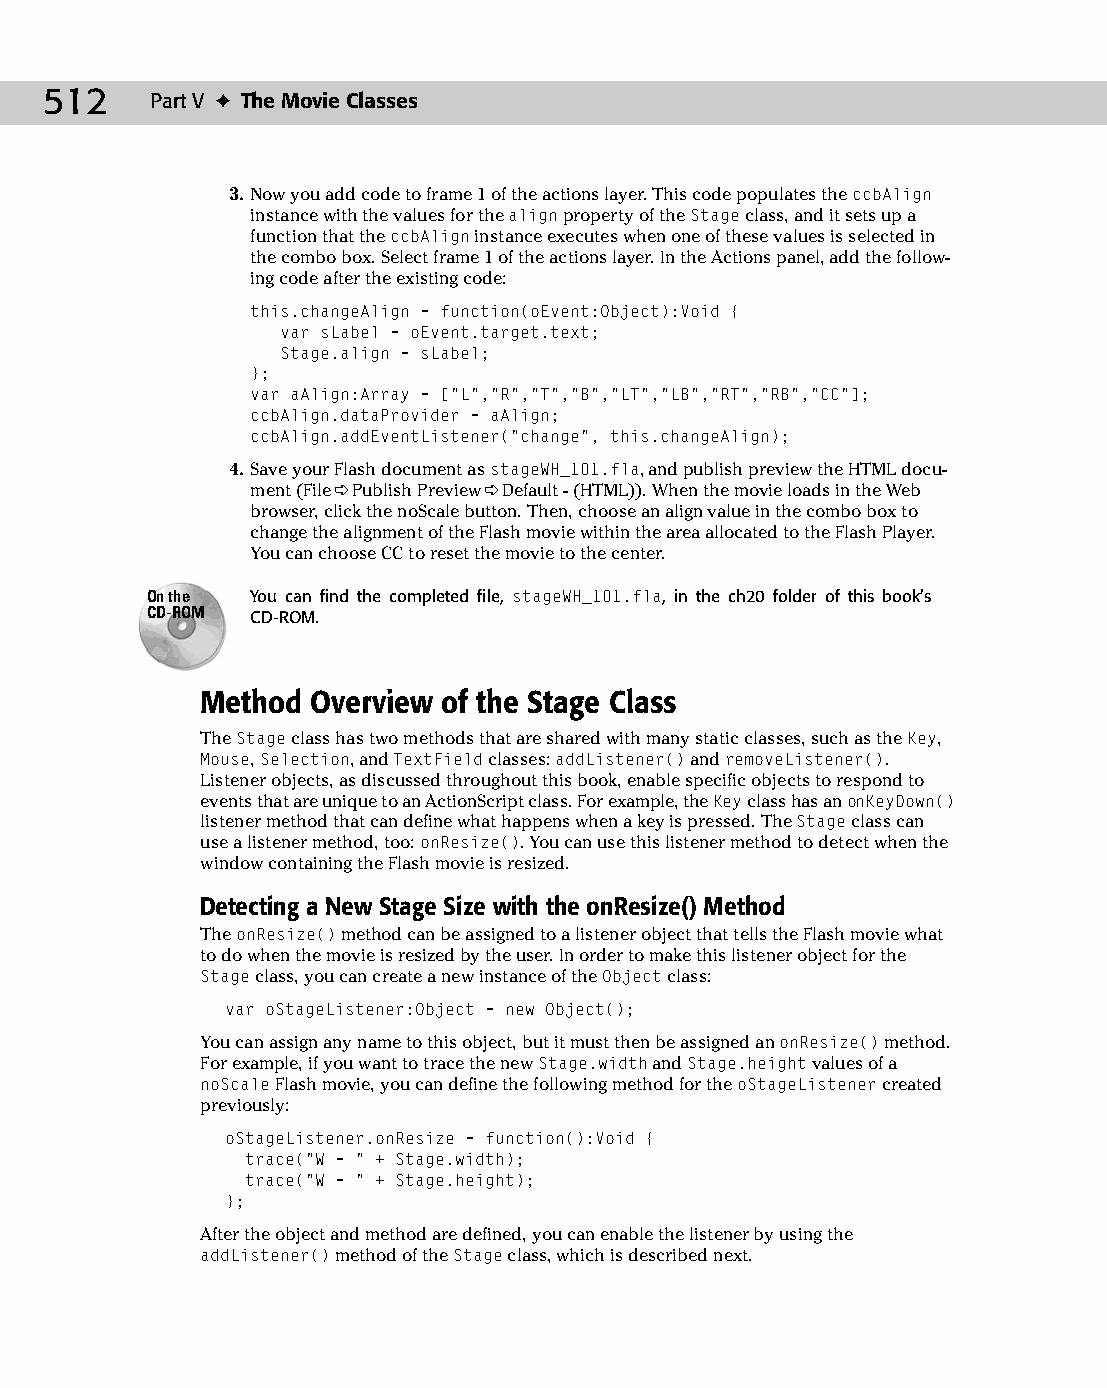
26 543547 ch20.qxd 3/24/04 4:10 PM Page 512
 512    Part V ✦ The Movie Classes
 3. Now you add code to frame 1 of the actions layer. This code populates the ccbAlign
 instance with the values for the align property of the Stage class, and it sets up a
 function that the ccbAlign instance executes when one of these values is selected in
 the combo box. Select frame 1 of the actions layer. In the Actions panel, add the follow­
 ing code after the existing code:
 this.changeAlign = function(oEvent:Object):Void {
 var sLabel = oEvent.target.text;
 Stage.align = sLabel;
 };
 var aAlign:Array = [“L”,”R”,”T”,”B”,”LT”,”LB”,”RT”,”RB”,”CC”];
 ccbAlign.dataProvider = aAlign;
 ccbAlign.addEventListener(“change”, this.changeAlign);
 4. Save your Flash document as stageWH_101.fla, and publish preview the HTML docu­
 ment (File ➪ Publish Preview ➪ Default - (HTML)). When the movie loads in the Web
 browser, click the noScale button. Then, choose an align value in the combo box to
 change the alignment of the Flash movie within the area allocated to the Flash Player.
 You can choose CC to reset the movie to the center.
 On the You can find the completed file, stageWH_101.fla, in the ch20 folder of this book’s
 CD-ROM CD-ROM.
 Method  Overview of the Stage Class
 The Stage class has two methods that are shared with many static classes, such as the Key,
 Mouse, Selection, and TextField classes: addListener() and removeListener().
 Listener objects, as discussed throughout this book, enable specific objects to respond to
 events that are unique to an ActionScript class. For example, the Key class has an onKeyDown()
 listener method that can define what happens when a key is pressed. The Stage class can
 use a listener method, too: onResize(). You can use this listener method to detect when the
 window containing the Flash movie is resized.
 Detecting a New Stage Size with the onResize() Method
 The onResize() method can be assigned to a listener object that tells the Flash movie what
 to do when the movie is resized by the user. In order to make this listener object for the
 Stage class, you can create a new instance of the Object class:
 var oStageListener:Object = new Object();
 You can assign any name to this object, but it must then be assigned an onResize() method.
 For example, if you want to trace the new Stage.width and Stage.height values of a
 noScale Flash movie, you can define the following method for the oStageListener created
 previously:
 oStageListener.onResize = function():Void {
 trace(“W = “ + Stage.width);
 trace(“W = “ + Stage.height);
 };
 After the object and method are defined, you can enable the listener by using the
 addListener() method of the Stage class, which is described next.